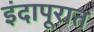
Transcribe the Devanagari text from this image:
इंदापूरात